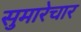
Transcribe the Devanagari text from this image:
सुमारेचार